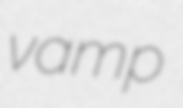
vamp